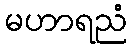
မဟာရညံ